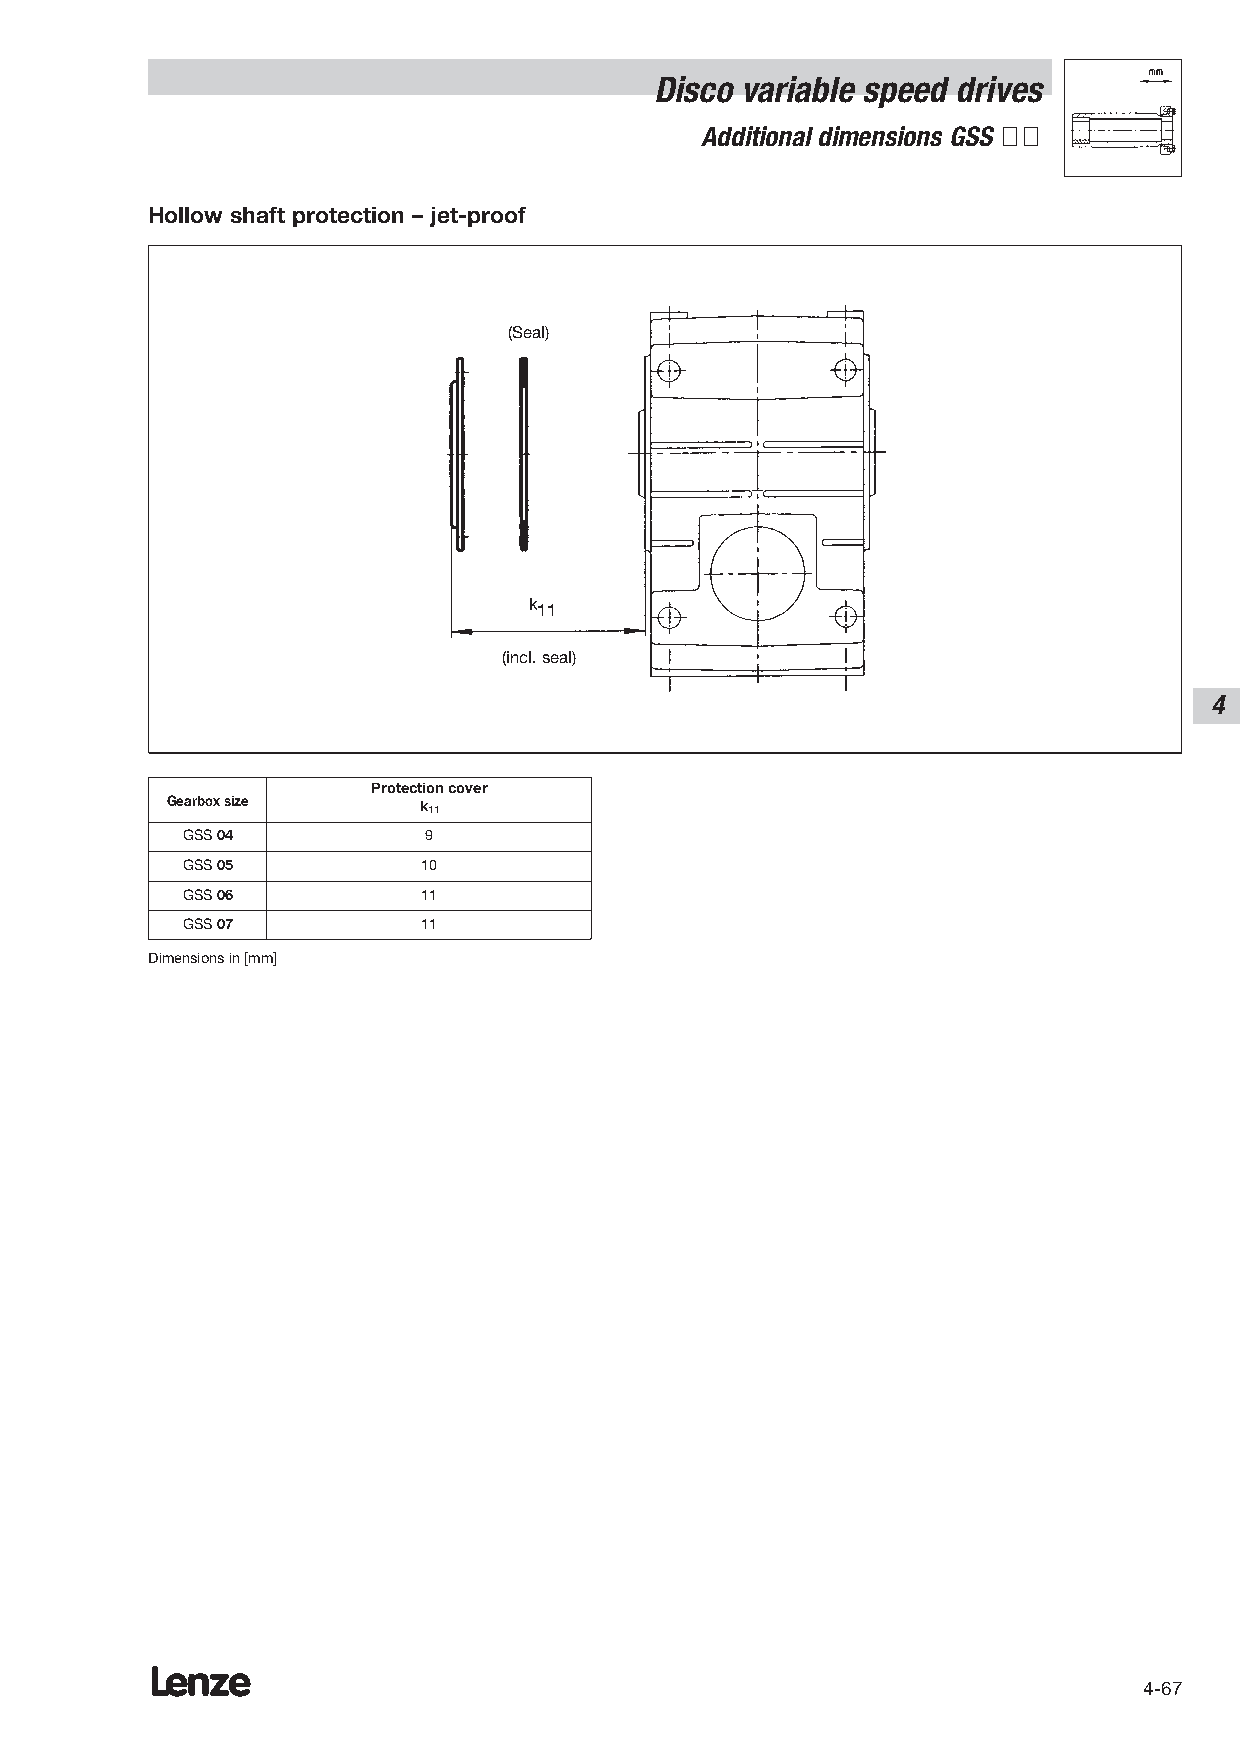
Disco variable speed drives
 Additional dimensions GSS ÇÇ
 Hollow shaft protection – jet-proof
 (Seal)
 k11
 (incl. seal)
 4
 Protection cover
 Gearbox size     k11
 GSS 04          9
 GSS 05          10
 GSS 06          11
 GSS 07          11
 Dimensions in [mm]
 Lenze
 4-67